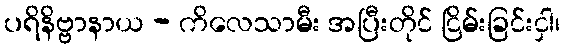
ပရိနိဗ္ဗာနာယ - ကိလေသာမီး အပြီးတိုင် ငြိမ်းခြင်းငှါ၊